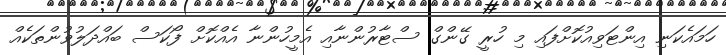
ހަމައެކަނި އިންޓަވިއުކޮށްފައި މި ހުރީ ގޭންގް ސްޓާރުންނާއި އެމީހުންނާ އެއްކޮށް ފޯކަސް ބައްދަލުވުންތަކެއް